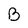
Character: B